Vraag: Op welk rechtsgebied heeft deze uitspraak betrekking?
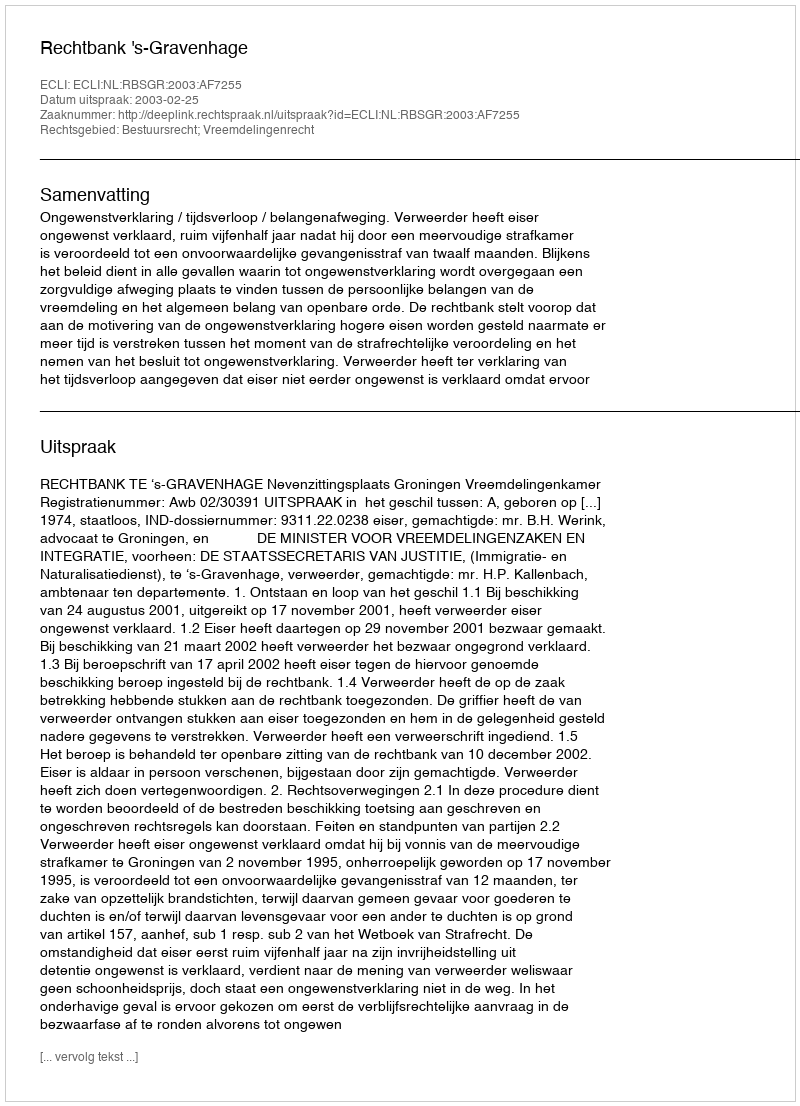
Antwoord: Bestuursrecht; Vreemdelingenrecht